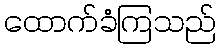
ထောက်ခံကြသည်